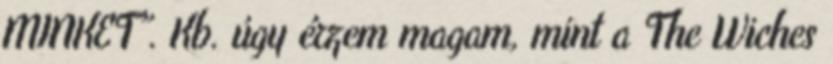
MINKET”. Kb. úgy érzem magam, mint a The Wiches